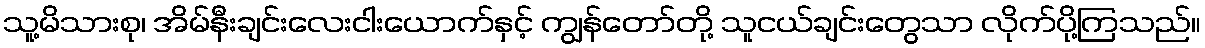
သူ့မိသားစု၊ အိမ်နီးချင်းလေးငါးယောက်နှင့် ကျွန်တော်တို့ သူငယ်ချင်းတွေသာ လိုက်ပို့ကြသည်။